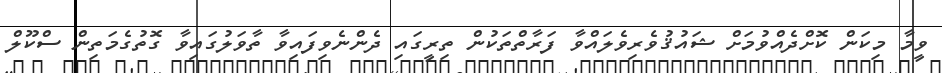
ވީމާ މިކަން ކޮށްދެއްވުމަށް ޝައުޤުވެރިވެލައްވާ ފަރާތްތަކުން ތިރީގައި ދެންނެވިފައިވާ ތާވަލުގައިވާ ގޮތުގެމަތިން ސްކޫލް